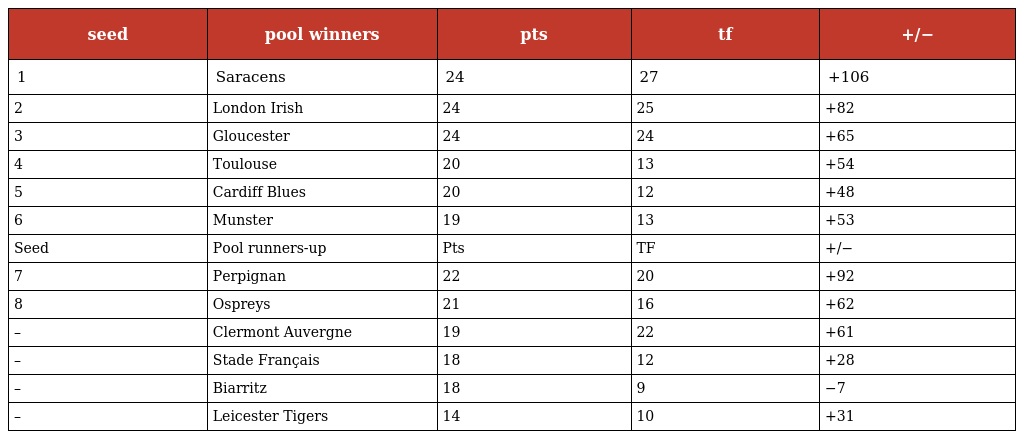
| seed | pool winners | pts | tf | +/− |
 | --- | --- | --- | --- | --- |
 | 1 | Saracens | 24 | 27 | +106 |
 | 2 | London Irish | 24 | 25 | +82 |
 | 3 | Gloucester | 24 | 24 | +65 |
 | 4 | Toulouse | 20 | 13 | +54 |
 | 5 | Cardiff Blues | 20 | 12 | +48 |
 | 6 | Munster | 19 | 13 | +53 |
 | Seed | Pool runners-up | Pts | TF | +/− |
 | 7 | Perpignan | 22 | 20 | +92 |
 | 8 | Ospreys | 21 | 16 | +62 |
 | – | Clermont Auvergne | 19 | 22 | +61 |
 | – | Stade Français | 18 | 12 | +28 |
 | – | Biarritz | 18 | 9 | −7 |
 | – | Leicester Tigers | 14 | 10 | +31 |